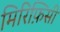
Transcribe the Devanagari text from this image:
मिरिफ़िसी